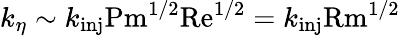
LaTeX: k_{\eta}\sim k_{\textrm{inj}}\textrm{Pm}^{1/2}\textrm{Re}^{1/2}=k_{\textrm{inj}}\textrm{Rm}^{1/2}